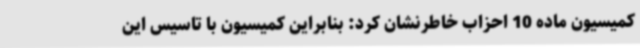
کمیسیون ماده 10 احزاب خاطرنشان کرد: بنابراین کمیسیون با تاسیس این